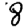
Digit: 8